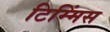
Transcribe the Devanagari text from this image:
टिम्मिंस